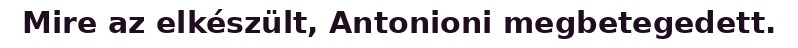
Mire az elkészült, Antonioni megbetegedett.